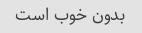
بدون خوب است